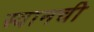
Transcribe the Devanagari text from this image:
स्वानची